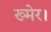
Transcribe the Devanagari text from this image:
ख्मेर।